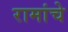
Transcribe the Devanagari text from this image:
रामांचे